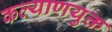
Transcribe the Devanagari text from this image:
कल्याणयुक्त